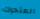
المتحرك